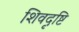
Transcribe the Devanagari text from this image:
शिवदृष्टि